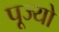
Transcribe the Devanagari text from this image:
पूज्‍यो